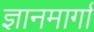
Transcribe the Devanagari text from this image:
ज्ञानमार्गा